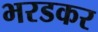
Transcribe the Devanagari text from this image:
भरडकर